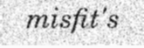
misfit's